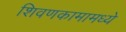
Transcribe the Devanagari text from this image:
शिवणकामामध्ये